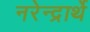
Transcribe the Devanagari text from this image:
नरेन्द्रार्थे